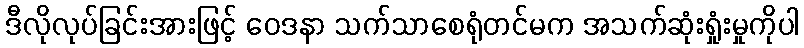
ဒီလိုလုပ်ခြင်းအားဖြင့် ဝေဒနာ သက်သာစေရုံတင်မက အသက်ဆုံးရှုံးမှုကိုပါ